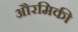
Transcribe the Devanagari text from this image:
औरमिकी